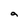
Character: a